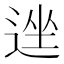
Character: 𫐩